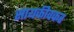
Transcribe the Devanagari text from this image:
सायकीवकर